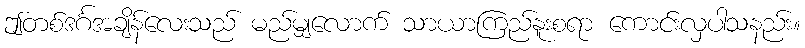
ဤတစ်ဒင်္ဂအချိန်လေးသည် မည်မျှလောက် သာယာကြည်နူးစရာ ကောင်းလှပါသနည်း။